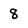
Character: 8